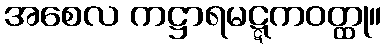
အစေလ ကဋ္ဌာရမဋ္ဋကဝတ္ထု။